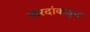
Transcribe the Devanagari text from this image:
नारदांकडून